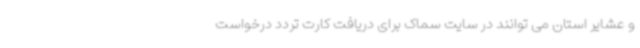
و عشایر استان می توانند در سایت سماک برای دریافت کارت تردد درخواست